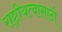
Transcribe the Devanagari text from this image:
राष्ट्रीयत्वासाठी